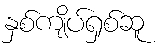
နှစ်ကျိပ်ရှစ်ဆူ